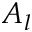
A _ { l }